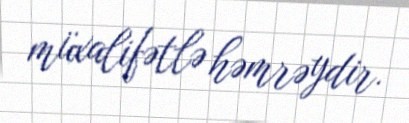
müxalifətlə həmrəydir.